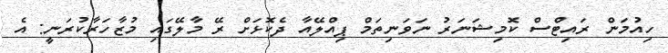
ހިއުމަން ރައިޓްސް ކޮމިޝަނަރު ނަވަނިތަމް ޕިއްލޭއާ ދެކޮޅަށް ރޭ މާލޭގައި މުޒާހަރާކުރަނީ: އެ